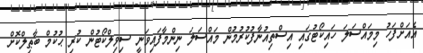
އެއަށްފަހު މިމައްސަލަ ހައިކޯޓުގައި އިސްތިއުނާފުކުރުމުން މައްސަލަ ނިންމާފައިވަނީ ސިވިލްކޯޓުން ކުރި ޙުކުމް ބާޠިލްކޮށް